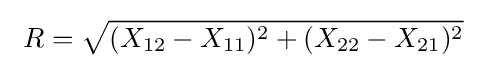
\ R={\sqrt {(X_{12}-X_{11})^{2}+(X_{22}-X_{21})^{2}}}